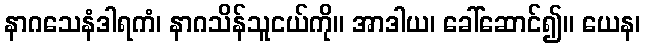
နာဂသေနံဒါရကံ၊ နာဂသိန်သူငယ်ကို။ အာဒါယ၊ ခေါ်ဆောင်၍။ ယေန၊